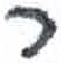
אות: ר